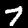
Label: 7